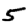
Digit: 5